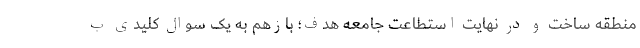
منطقه ساخت و در نهایت استطاعت جامعه هدف؛ بازهم به یک سوال کلیدی ب